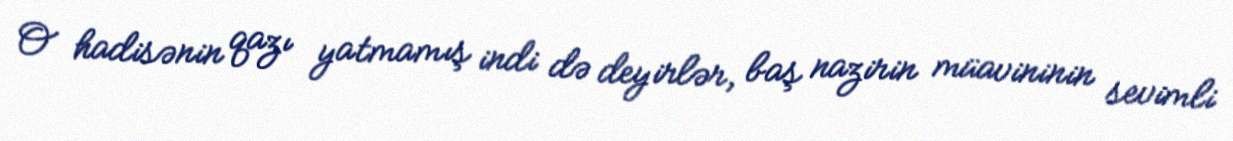
O hadisənin qazı yatmamış indi də deyirlər, baş nazirin müavininin sevimli